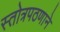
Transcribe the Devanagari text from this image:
स्तोत्रपठणाने